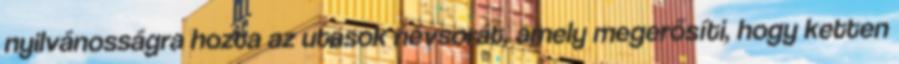
nyilvánosságra hozta az utasok névsorát, amely megerősíti, hogy ketten